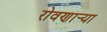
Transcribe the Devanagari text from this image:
रोवणार्‍या